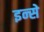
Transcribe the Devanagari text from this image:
इन्से